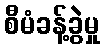
စီမံခန့်ခွဲမှု